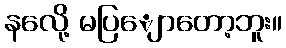
နလေို့ မပြျောတော့ဘူး။